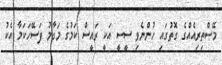
މޭސްތިރިއެއްގެ ގޮތުގައި ހުންނެވި ސީސީ އަކީ ރައީސް ކަމުގެ މަގާމު ފަސޭހަކަމާ އެކު